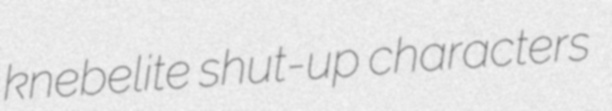
knebelite shut-up characters